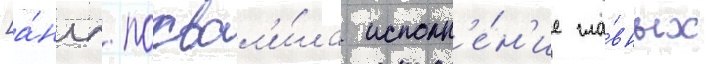
[а́нгл. похвал'и́ла исполн'е́н'ие гла́вных